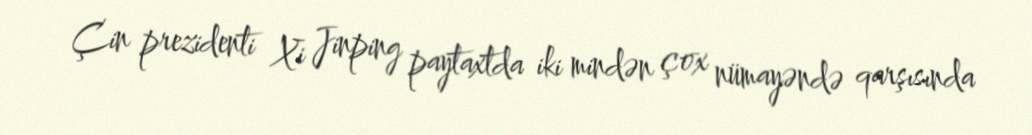
Çin prezidenti Xi Jinping paytaxtda iki mindən çox nümayəndə qarşısında